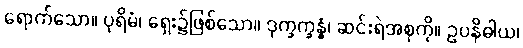
ရောက်သော။ ပုရိမံ၊ ရှေး၌ဖြစ်သော။ ဒုက္ခက္ခန္ဓံ၊ ဆင်းရဲအစုကို။ ဥပနိဓါယ၊